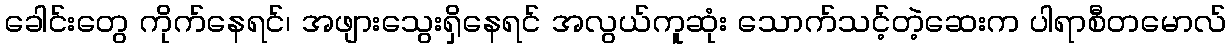
ခေါင်းတွေ ကိုက်နေရင်၊ အဖျားသွေးရှိနေရင် အလွယ်ကူဆုံး သောက်သင့်တဲ့ဆေးက ပါရာစီတမောလ်